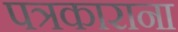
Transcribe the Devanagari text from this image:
पत्रकाराना